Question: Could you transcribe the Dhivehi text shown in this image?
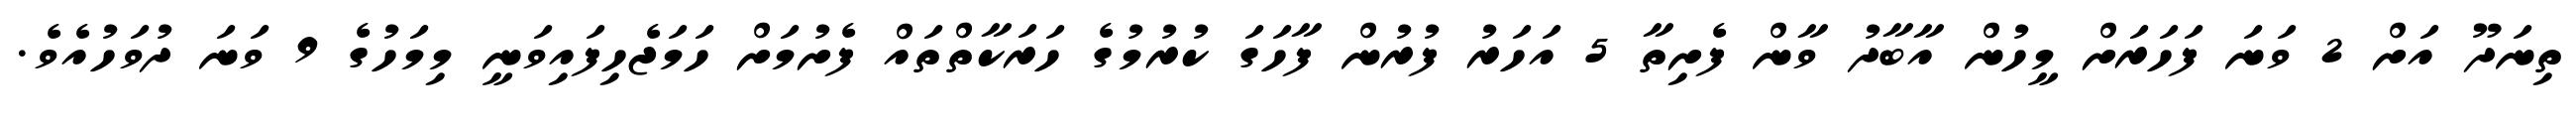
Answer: ތިނަދޫ އަށް 2 ވަނަ ފަހަރަށް މީހުން އާބާދު ވާން ފެށިތާ 5 އަހަރު ފުރުން ފާހަގަ ކުރުމުގެ ހަރަކާތްތައް ފެށުމަށް ހަމަޖެހިފައިވަނީ މިމަހުގެ 9 ވަނަ ދުވަހުއެވެ.